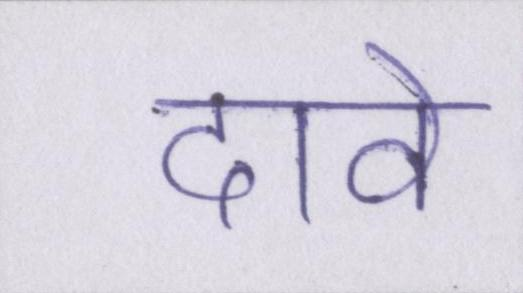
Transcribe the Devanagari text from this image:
दावे